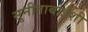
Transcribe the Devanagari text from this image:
सुनीताबाईंशी